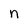
Character: n